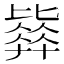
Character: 𣬓